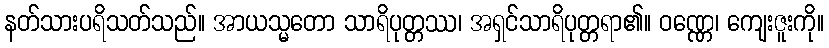
နတ်သားပရိသတ်သည်။ အာယသ္မတော သာရိပုတ္တဿ၊ အရှင်သာရိပုတ္တရာ၏။ ဝဏ္ဏေ၊ ကျေးဇူးကို။